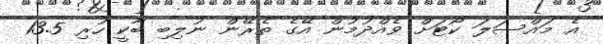
އެ މައްސަލަ ކޯޓަށް ވެއްދުމުން އޭގެ ތެރޭން ނުލިބި ބާކީ ހުރި 13.5